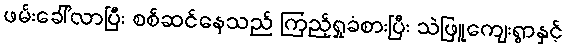
ဖမ်းခေါ်လာပြီး စစ်ဆင်နေသည် ကြည့်ရှုခံစားပြီး သဲဖြူကျေးရွာနှင့်